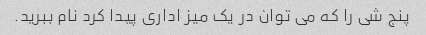
پنج شی را که می توان در یک میز اداری پیدا کرد نام ببرید.